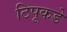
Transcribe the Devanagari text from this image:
टिपूकडे